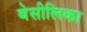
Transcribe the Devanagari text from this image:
बेसीलिका